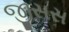
જીસસ